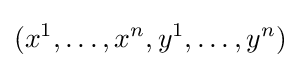
(x^{1},\dots ,x^{n},y^{1},\dots ,y^{n})